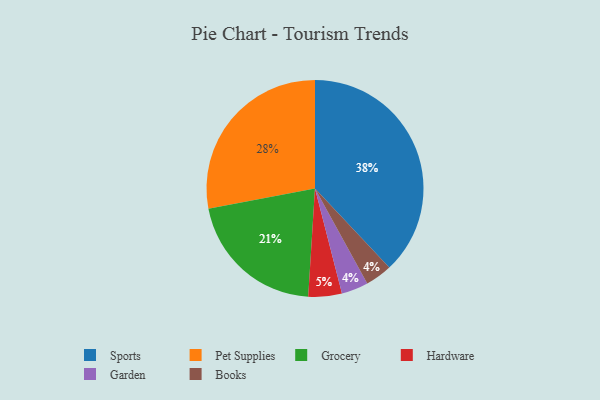
{"axis": {"x": "Category", "y": "Percentage"}, "legend": ["Books", "Garden", "Grocery", "Hardware", "Pet Supplies", "Sports"], "data": [{"x": "Grocery", "y": 21, "type": "Grocery"}, {"x": "Garden", "y": 4, "type": "Garden"}, {"x": "Hardware", "y": 5, "type": "Hardware"}, {"x": "Sports", "y": 38, "type": "Sports"}, {"x": "Books", "y": 4, "type": "Books"}, {"x": "Pet Supplies", "y": 28, "type": "Pet Supplies"}]}